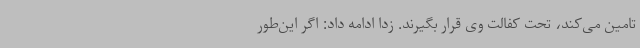
تامین می‌کند، تحت کفالت وی قرار بگیرند. زدا ادامه داد: اگر این‌طور